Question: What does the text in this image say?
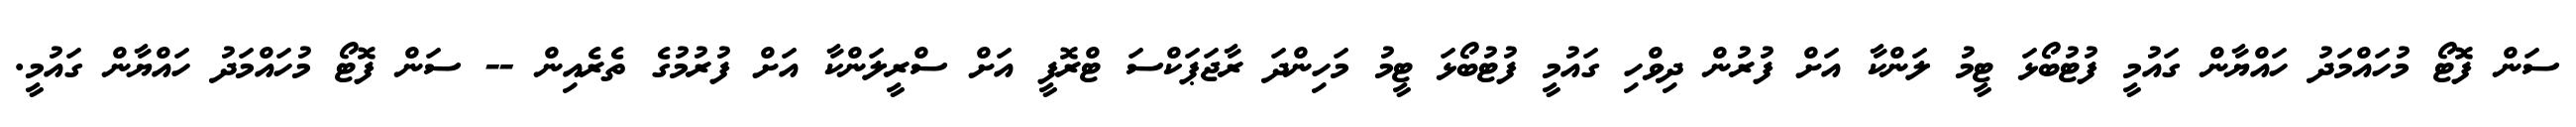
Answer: ސަން ފޮޓޯ މުހައްމަދު ހައްޔާން ގައުމީ ފުޓުބޯޅަ ޓީމު ލަންކާ އަށް ފުރުން ދިވްހި ގައުމީ ފުޓުބޯޅަ ޓީމު މަހިންދަ ރާޖަޕަކްސަ ޓްރޮފީ އަށް ސްރީލަންކާ އަށް ފުރުމުގެ ތެރެއިން -- ސަން ފޮޓޯ މުހައްމަދު ހައްޔާން ގައުމީ.